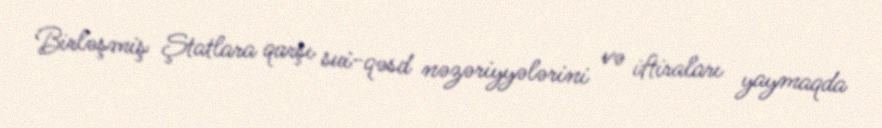
Birləşmiş Ştatlara qarşı sui-qəsd nəzəriyyələrini və iftiraları yaymaqda